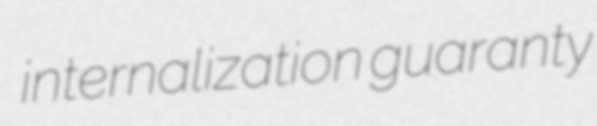
internalization guaranty